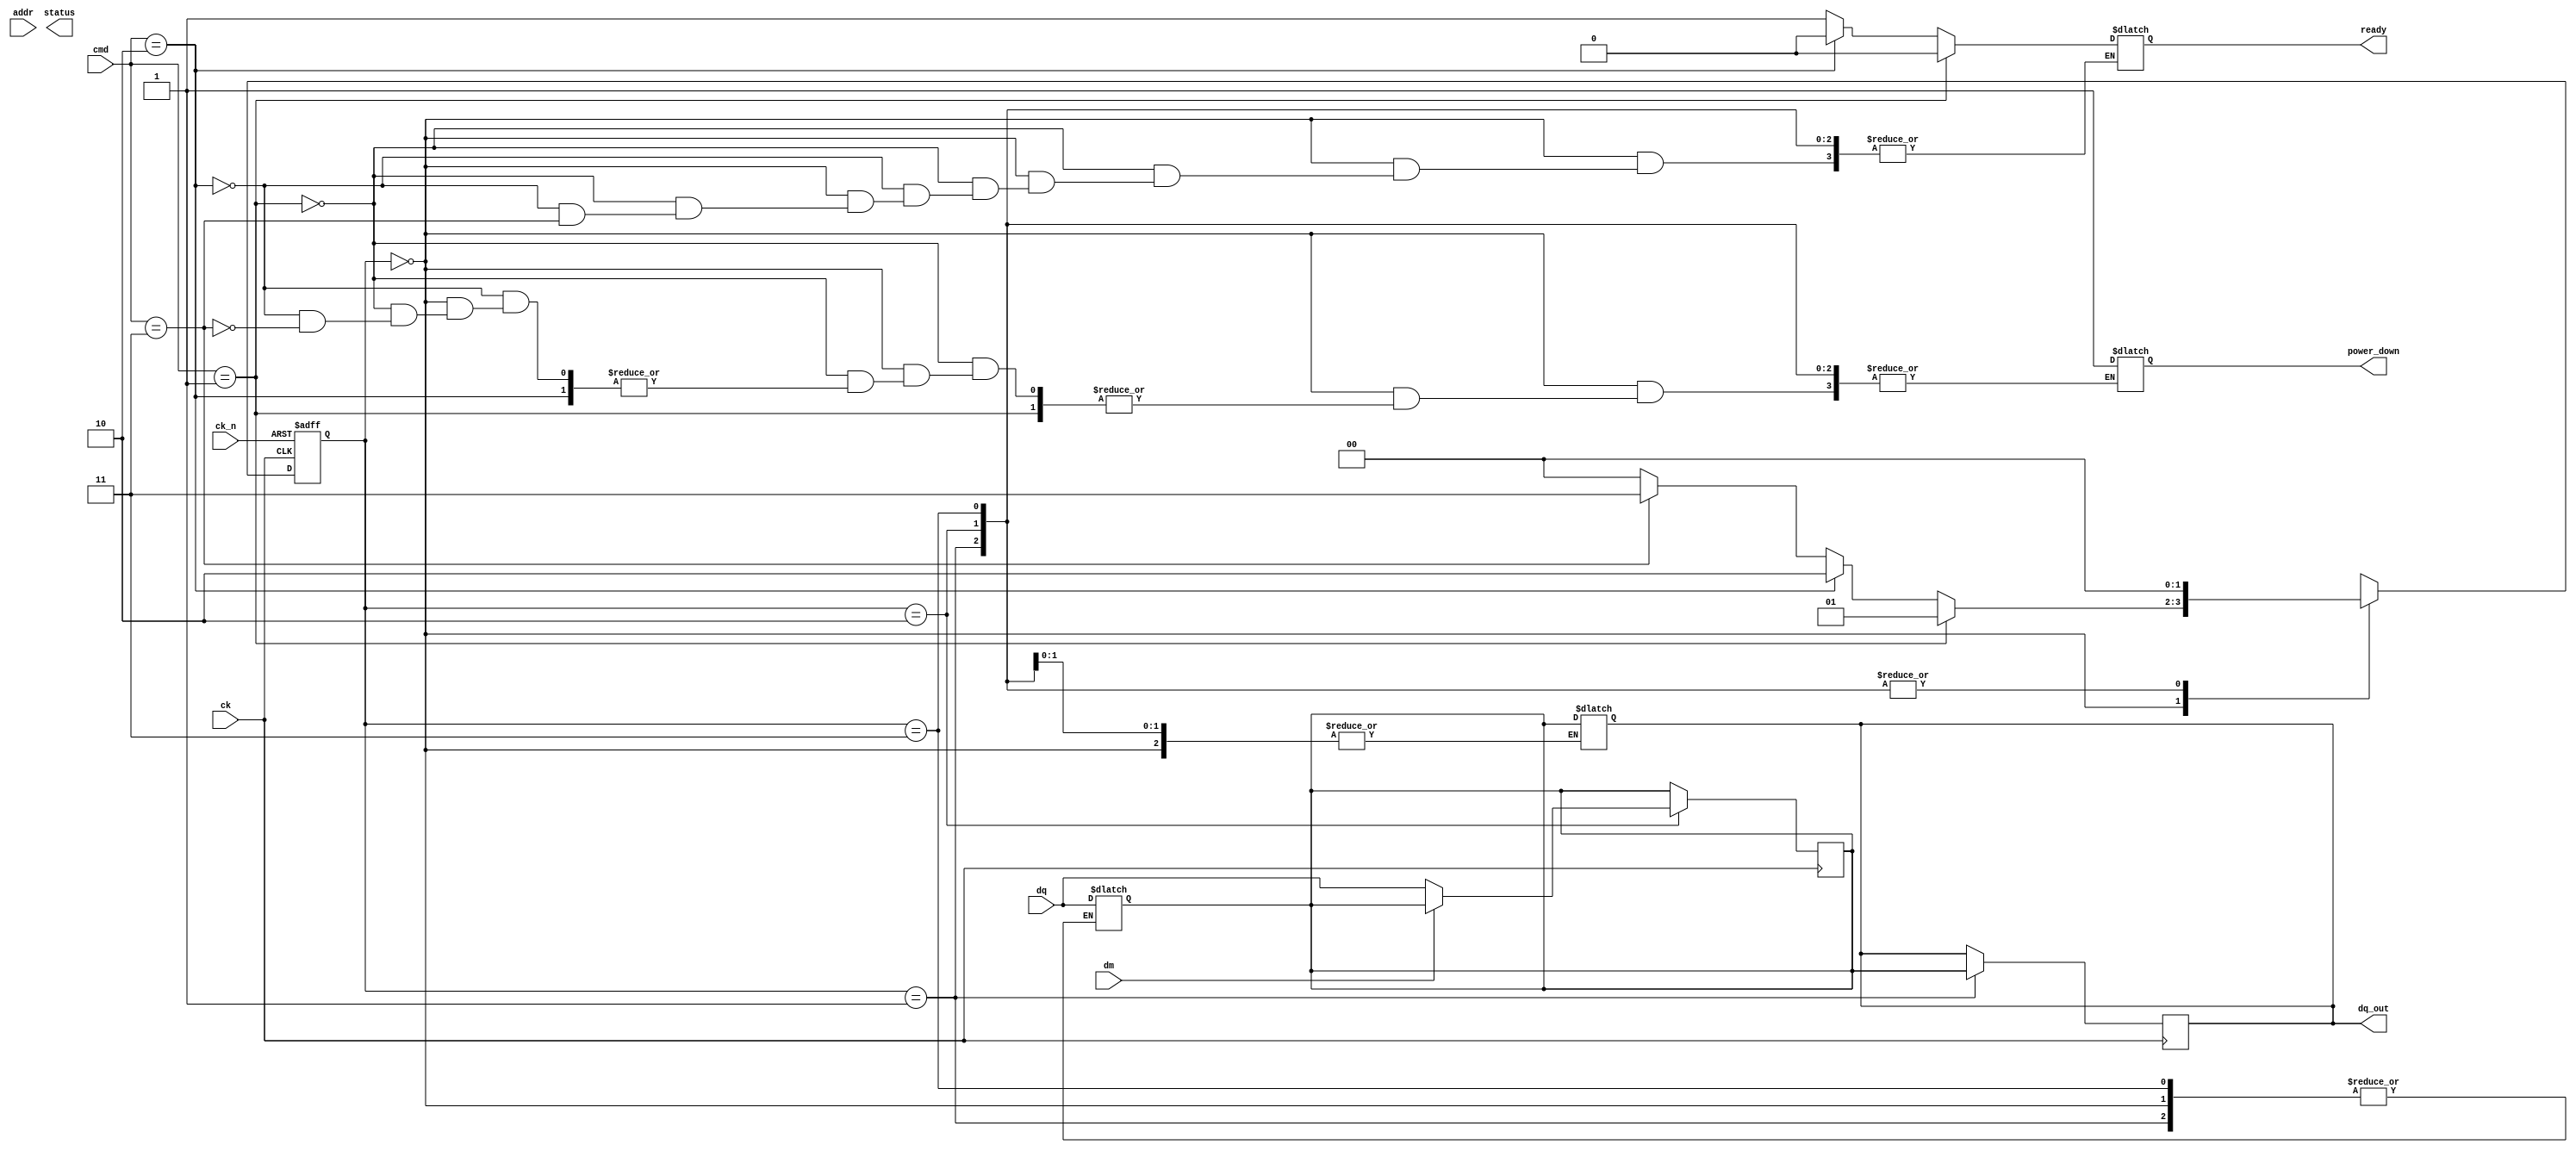
module lpddr_io_block #(
    parameter DATA_WIDTH = 32, // Can be 16, 32, or 64
    parameter ADDR_WIDTH = 12   // Example address width
)(
    // I/O Ports
    input wire [DATA_WIDTH-1:0] dq,      // Data bus
    input wire [ADDR_WIDTH-1:0] addr,     // Address bus
    input wire [1:0] cmd,                  // Command signals (e.g., read, write)
    input wire ck,                         // Clock signal
    input wire ck_n,                       // Inverted clock signal
    input wire dm,                         // Data mask signal
    output reg [DATA_WIDTH-1:0] dq_out,   // Data output
    output reg ready,                      // Ready signal
    output reg power_down,                 // Power down signal
    output reg [1:0] status                // Status signals
);

// Internal signals
reg [DATA_WIDTH-1:0] dq_buffer;          // Buffer for incoming data
reg [1:0] current_state;                  // Current state of the control logic
reg [1:0] next_state;                     // Next state of the control logic

// State Encoding
localparam IDLE      = 2'b00;
localparam READ      = 2'b01;
localparam WRITE     = 2'b10;
localparam POWER_DOWN = 2'b11;

// Control Logic
always @(posedge ck or negedge ck_n) begin
    if (!ck_n) begin
        current_state <= IDLE;
    end else begin
        current_state <= next_state;
    end
end

// State Transition Logic
always @(*) begin
    case (current_state)
        IDLE: begin
            if (cmd == 2'b01) begin // Read command
                next_state = READ;
                ready = 1'b0;
            end else if (cmd == 2'b10) begin // Write command
                next_state = WRITE;
                ready = 1'b0;
            end else if (cmd == 2'b11) begin // Power down command
                next_state = POWER_DOWN;
                power_down = 1'b1;
            end else begin
                next_state = IDLE;
                ready = 1'b1;
            end
        end
        READ: begin
            dq_out = dq_buffer; // Output the buffered data
            next_state = IDLE;
        end
        WRITE: begin
            dq_buffer = dq; // Buffer the incoming data
            next_state = IDLE;
        end
        POWER_DOWN: begin
            // Logic for power down state
            next_state = IDLE;
        end
        default: next_state = IDLE;
    endcase
end

// Input Buffer
always @(posedge ck) begin
    if (current_state == WRITE) begin
        // Data Masking Logic
        if (!dm) begin
            dq_buffer <= dq; // Accept data if DM is not asserted
        end
    end
end

// Output Buffer
always @(posedge ck) begin
    if (current_state == READ) begin
        dq_out <= dq_buffer; // Drive output data
    end
end

// Termination Logic
// Placeholder for termination logic implementation

endmodule